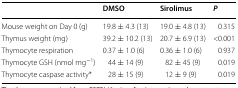
|  | DMSO | Sirolimus | P |
 | --- | --- | --- | --- |
 | Mouse weight on Day 0 (g) | 19.8 ± 4.3 (13) | 19.0 ± 4.8 (13) | 0.315 |
 | Thymus weight (mg) | 39.2 ± 10.2 (13) | 20.7 ± 6.9 (13) | <0.001 |
 | Thymocyte respiration | 0.37 ± 1.0 (6) | 0.36 ± 1.0 (6) | 0.937 |
 | Thymocyte GSH (nmol mg−1) | 44 ± 14 (9) | 82 ± 45 (9) | 0.019 |
 | Thymocyte caspase activity* | 28 ± 15 (9) | 12 ± 9 (9) | 0.019 |